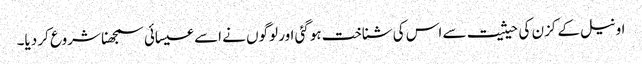
اونیل کے کزن کی حیثیت سے اس کی شناخت ہوگئی اور لوگوں نے اسے عیسائی سمجھنا شروع کر دیا۔